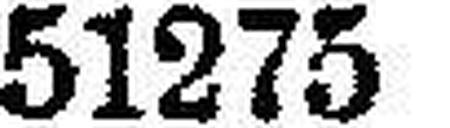
51275